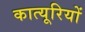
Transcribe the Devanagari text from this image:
कात्यूरियों